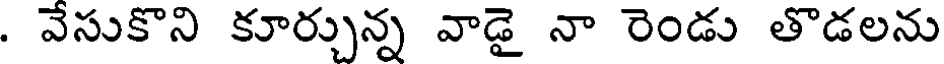
. వేసుకొని కూర్చున్న వాడై నా రెండు తొడలను